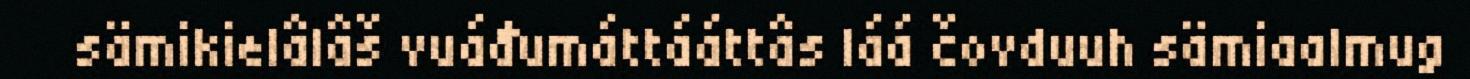
sämikielâlâš vuáđumáttááttâs láá čovduuh sämiaalmug